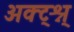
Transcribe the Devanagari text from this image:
अक्ट्श्न्